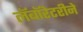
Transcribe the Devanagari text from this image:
लॅबॉरेटरीने